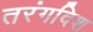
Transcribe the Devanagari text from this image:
तरंगदिश